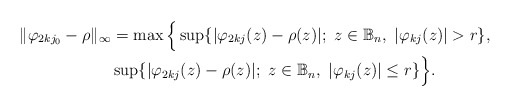
\begin{align*}\|\varphi_{2kj_0}-\rho\|_\infty&=\max \Big{\{} \sup\{|\varphi_{2kj}(z)-\rho(z)|; \ z\in \mathbb{B}_n, \ |\varphi_{kj}(z)|>r\},\\&\sup\{|\varphi_{2kj}(z)-\rho(z)|; \ z\in \mathbb{B}_n, \ |\varphi_{kj}(z)|\leq r\}\Big{\}}.\end{align*}